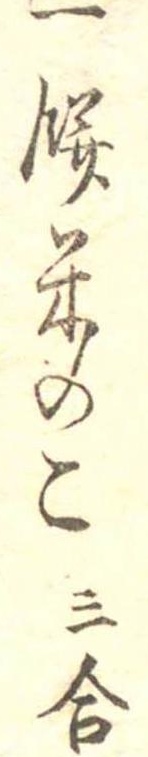
一餅米のこ三合